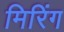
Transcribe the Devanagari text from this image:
मिरिंग